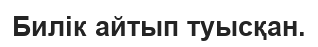
Билік айтып туысқан.